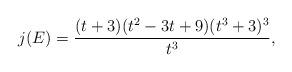
LaTeX: \begin{align*}j(E)=\frac{(t+3)(t^2-3t+9)(t^3+3)^3}{t^3},\end{align*}